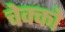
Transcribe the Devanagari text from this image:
चेक्को